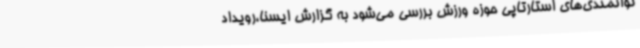
توانمندی‌های استارتاپی حوزه ورزش بررسی می‌شود به گزارش ایسنا،رویداد